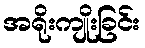
အရိုးကျိုးခြင်း